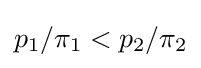
p_{1}/\pi _{1}<p_{2}/\pi _{2}